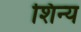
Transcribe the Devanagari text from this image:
शिन्य